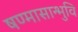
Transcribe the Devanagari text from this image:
षण्मासान्भुवि